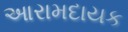
આરામદાયક